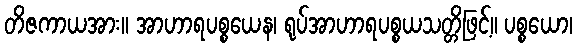
တိဇကာယအား။ အာဟာရပစ္စယေန၊ ရုပ်အာဟာရပစ္စယသတ္တိဖြင့်။ ပစ္စယော၊